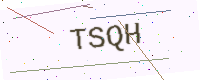
Text: TSQH